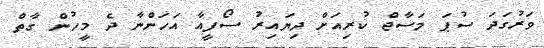
ވަރުގަދަ ސުޕަ މަސާޖް ކުރިއަށް ދިޔައިރު ސޯފީއާ އަހަންނާ ދެ މީހުން ގާތް